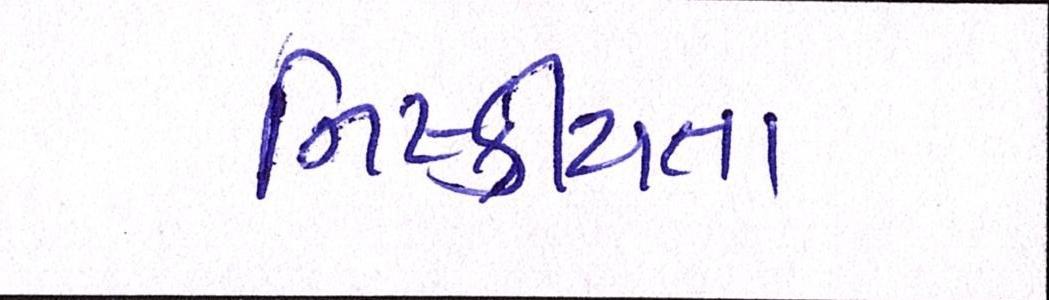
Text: નિષ્ક્રીયતા